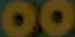
00